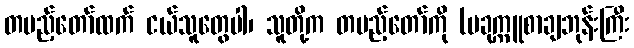
တပည့်တော်ထက် ငယ်သူတွေပါ၊ သူတို့က တပည့်တော်ကို (ပခုက္ကူစာချဘုန်းကြီး